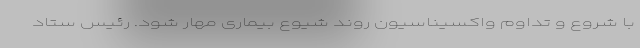
با شروع و تداوم واکسیناسیون روند شیوع بیماری مهار شود. رئیس ستاد